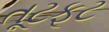
તૂટફૂટ